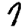
Digit: 7